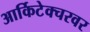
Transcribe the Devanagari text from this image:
आर्किटेक्चरवर